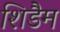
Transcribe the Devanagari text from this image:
शिडैम